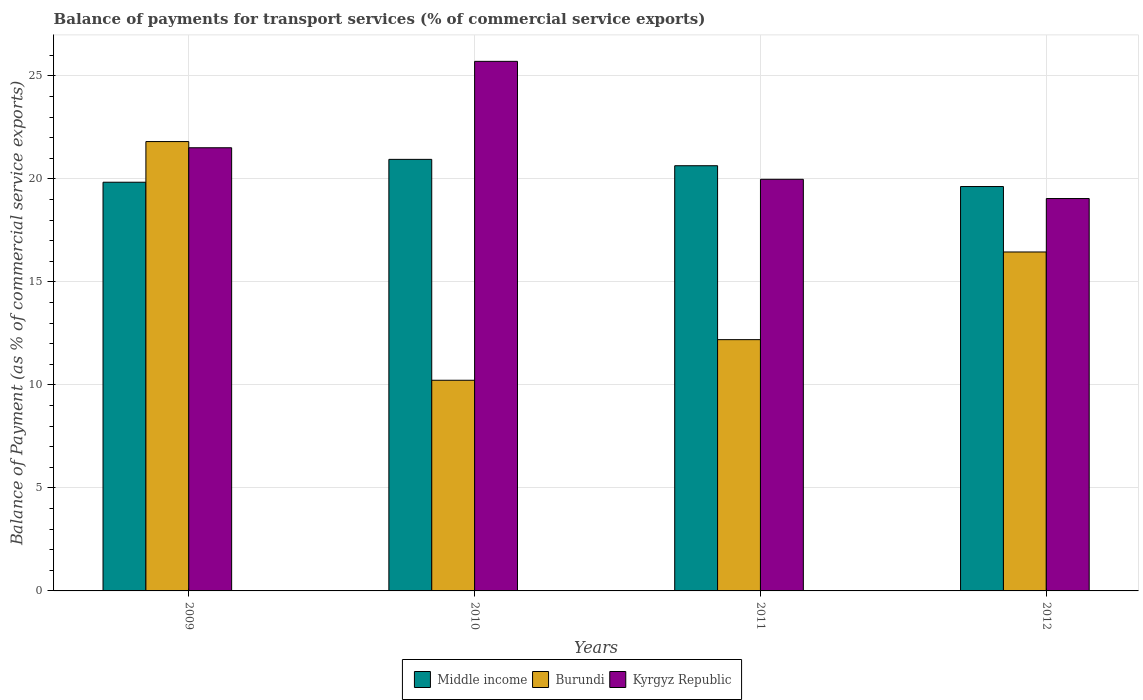
| Years | Middle income | Burundi | Kyrgyz Republic |
 | --- | --- | --- | --- |
 | 2009 | 19.8 | 21.8 | 21.5 |
 | 2010 | 21 | 10.2 | 25.7 |
 | 2011 | 20.6 | 12.2 | 20 |
 | 2012 | 19.6 | 16.5 | 19 |